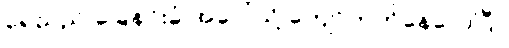
ရေသည် ခြေနင်းခုံ အပေါ်သို့ ကျော်တက်နေလေပြီ။